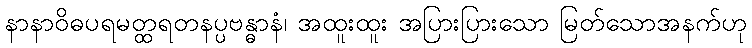
နာနာဝိဓပရမတ္ထရတနပ္ပဗန္ဓာနံ၊ အထူးထူး အပြားပြားသော မြတ်သောအနက်ဟု